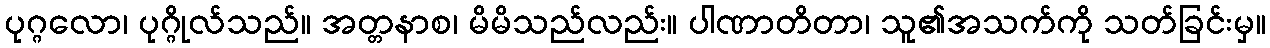
ပုဂ္ဂလော၊ ပုဂ္ဂိုလ်သည်။ အတ္တနာစ၊ မိမိသည်လည်း။ ပါဏာတိတာ၊ သူ၏အသက်ကို သတ်ခြင်းမှ။